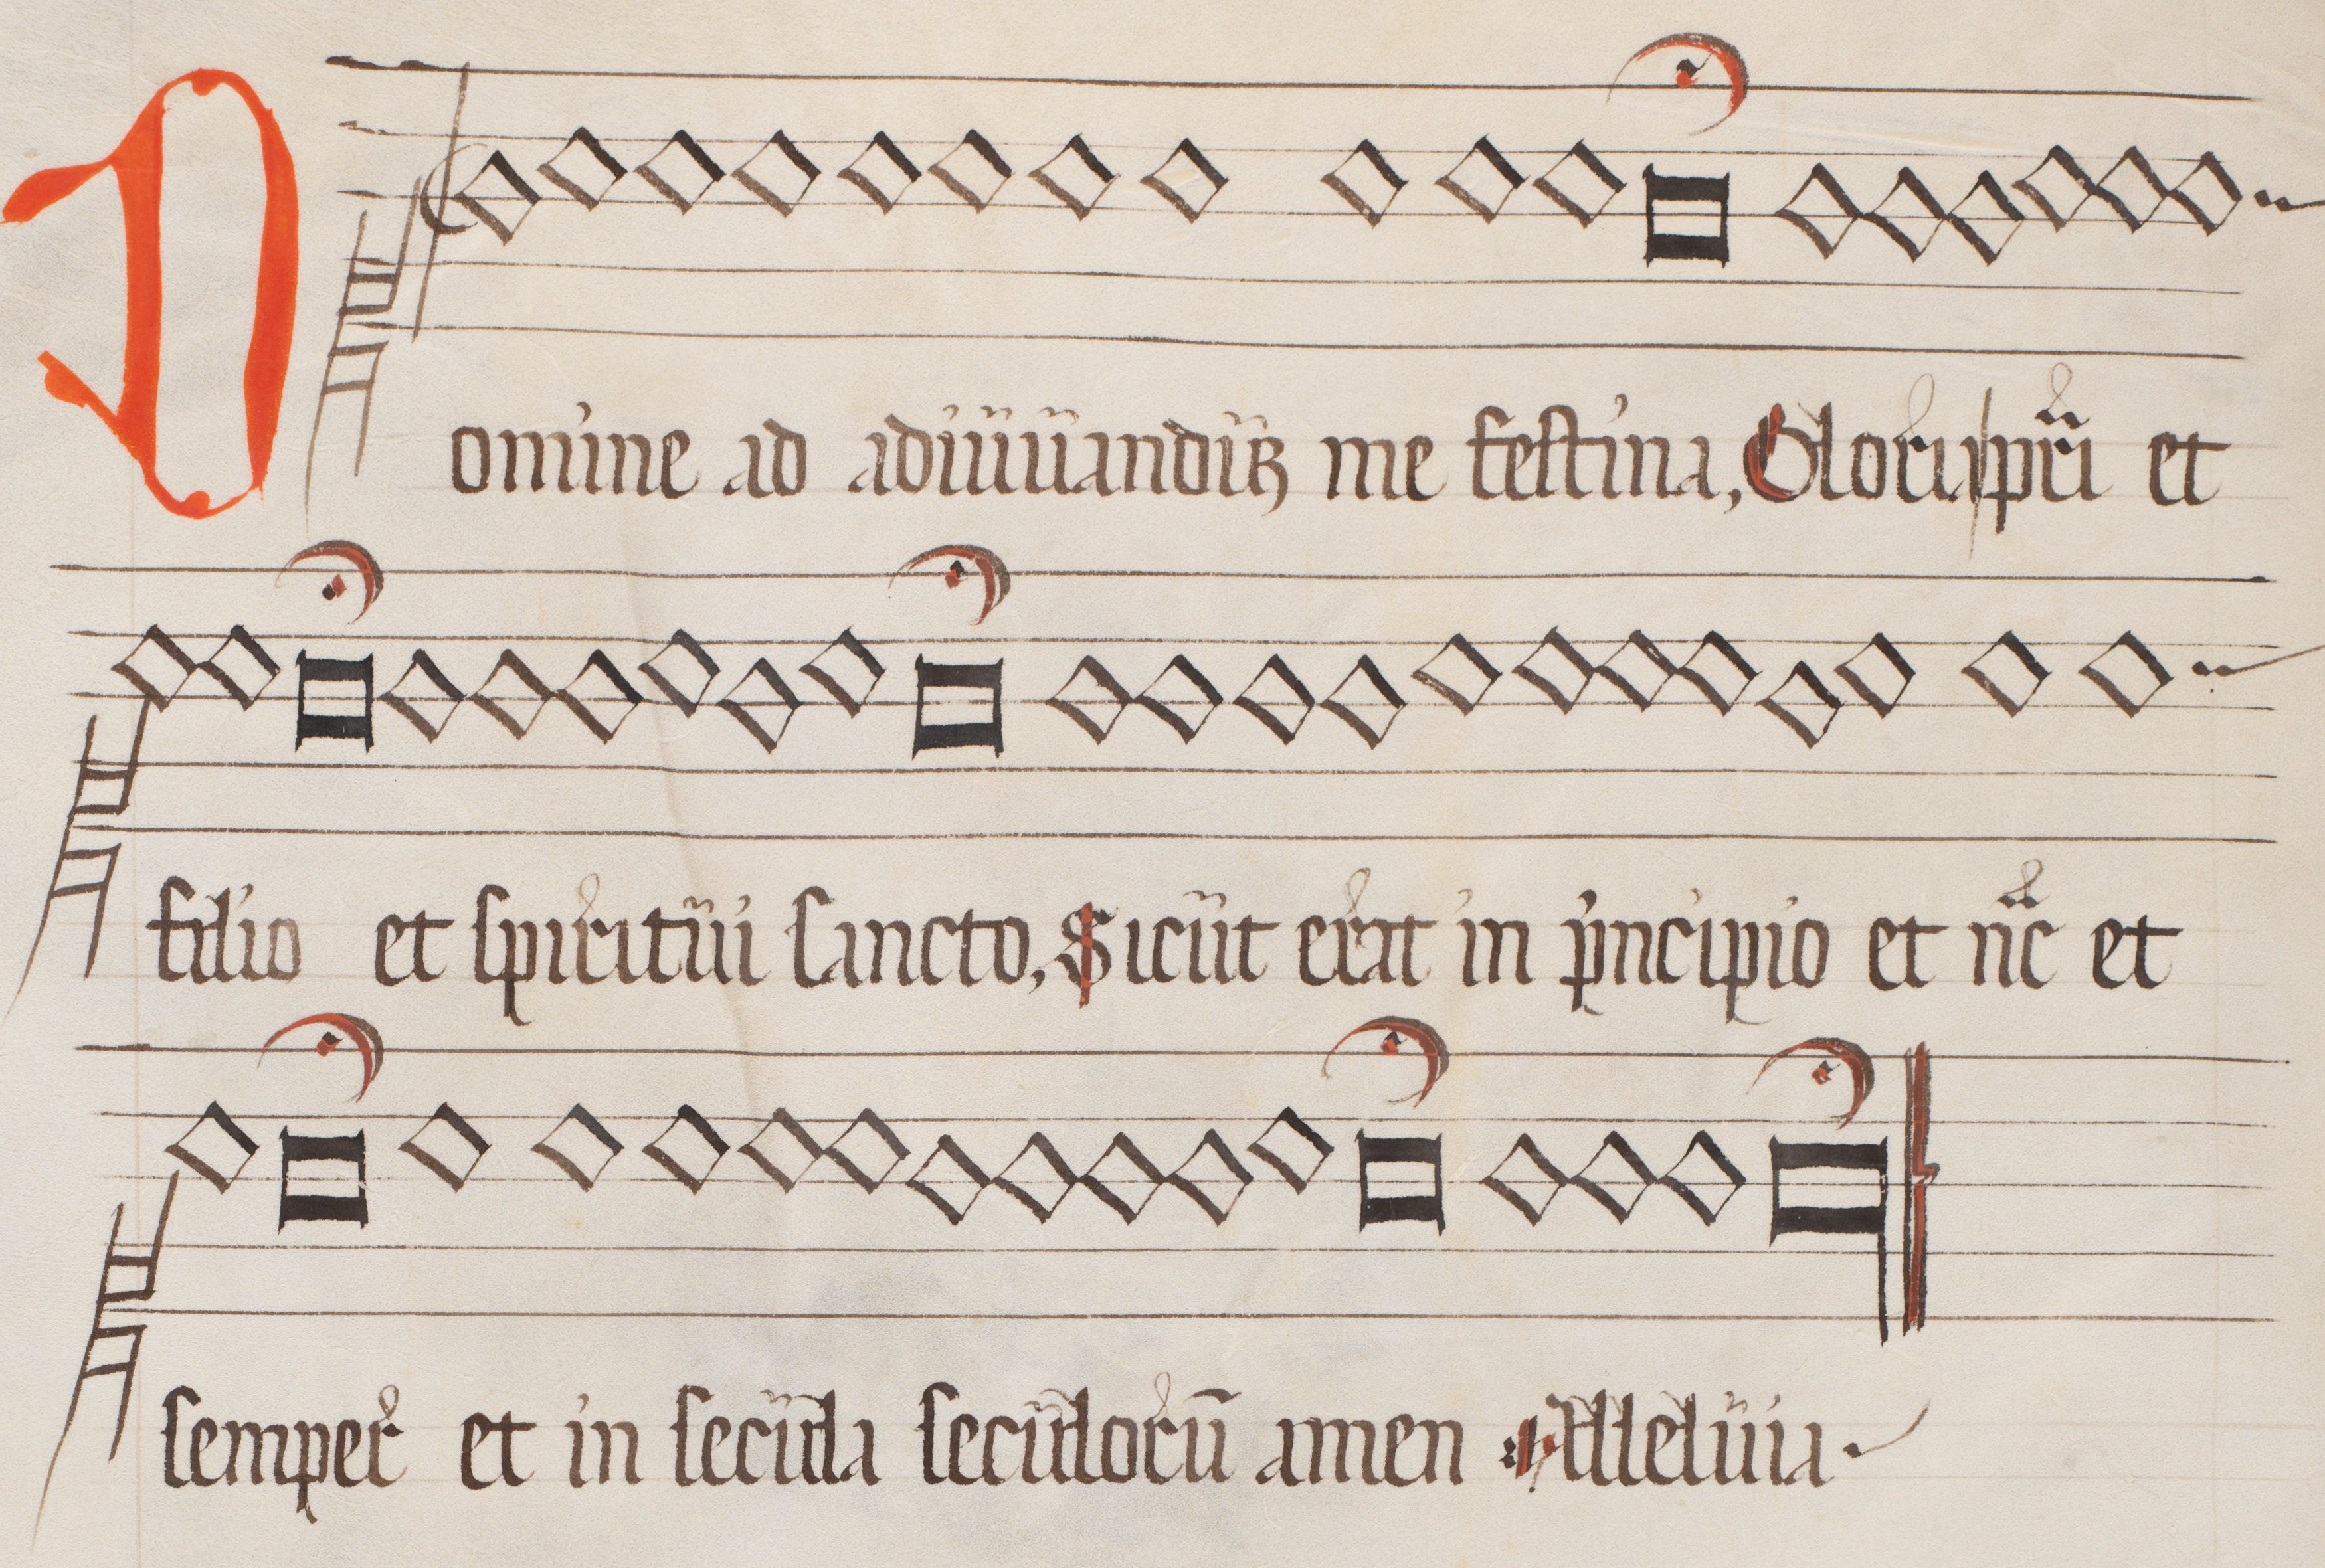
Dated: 1562–1564